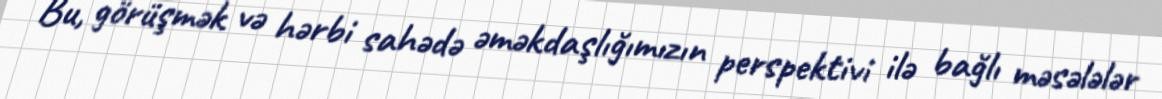
Bu, görüşmək və hərbi sahədə əməkdaşlığımızın perspektivi ilə bağlı məsələlər